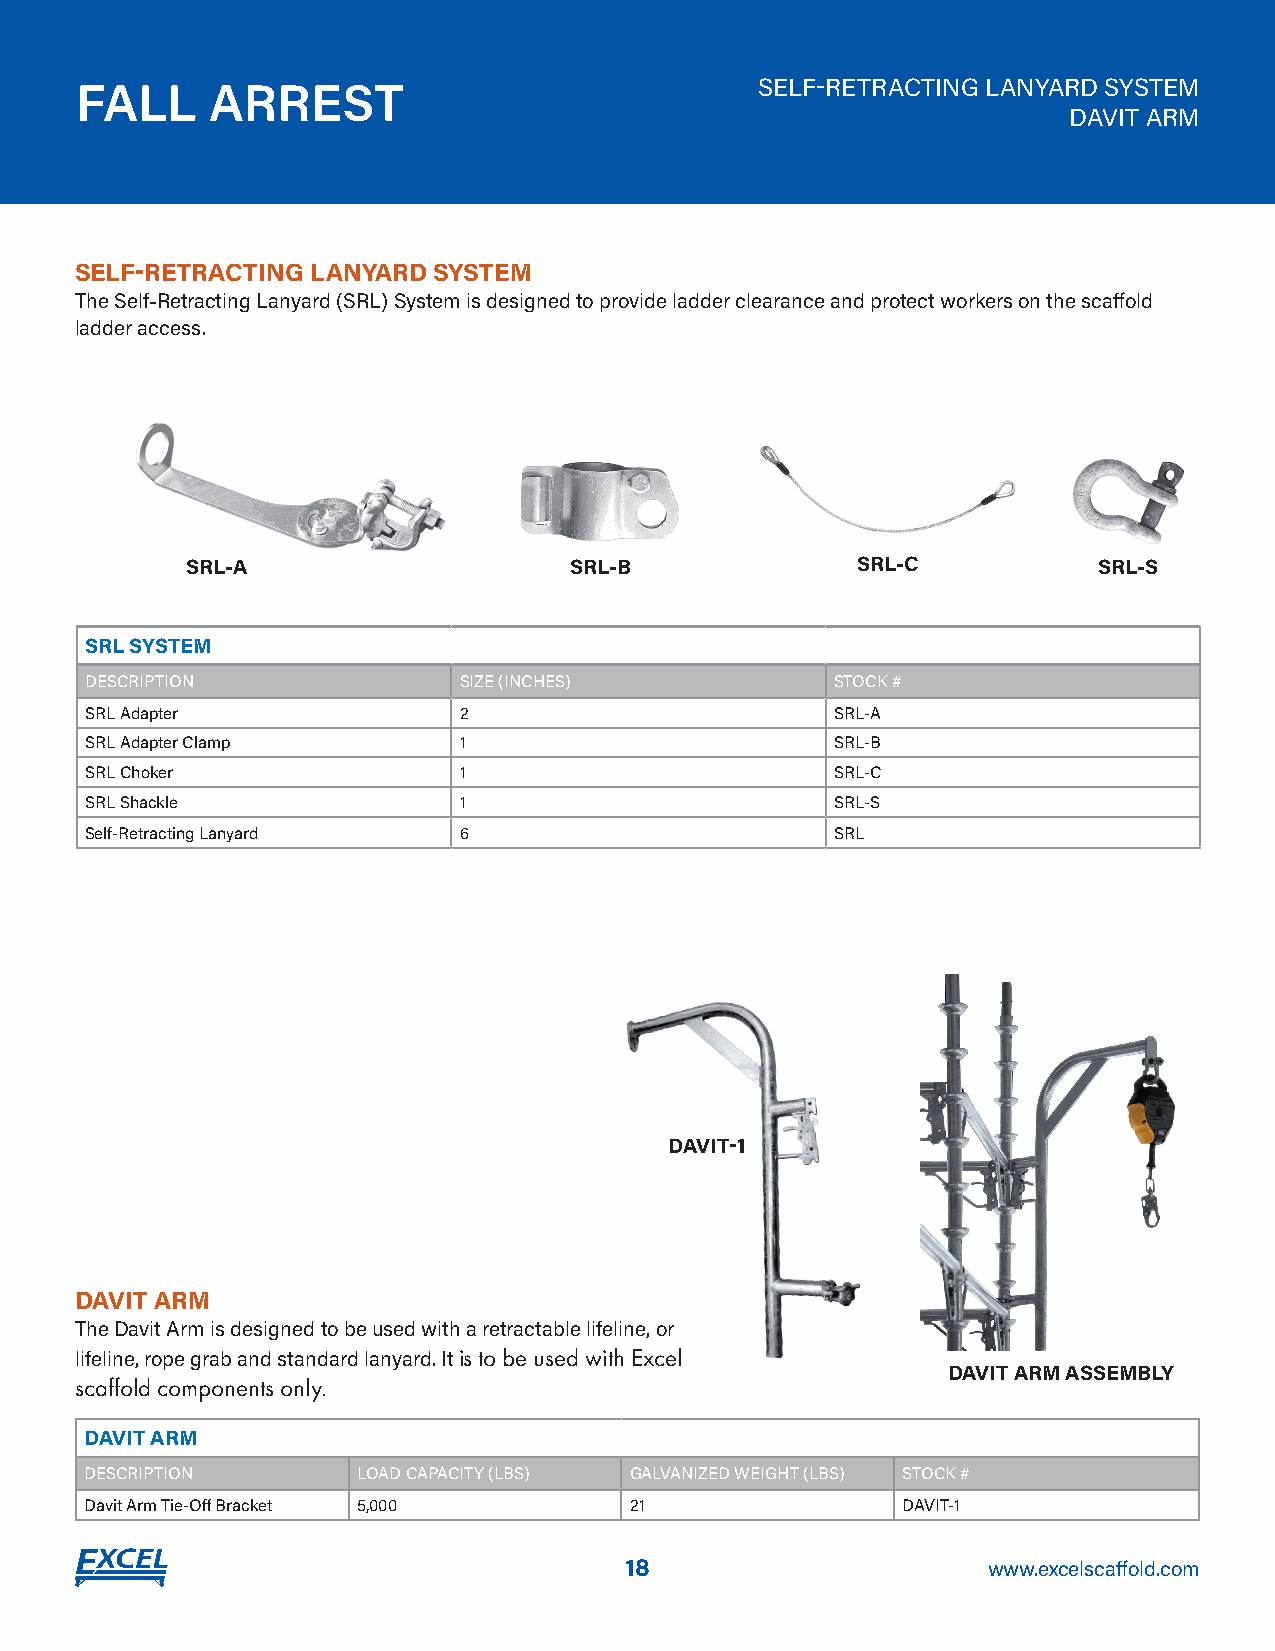
FALL     ARREST                              SELF-RETRACTING LANYARD SYSTEM
 DAVIT ARM
 SELF-RETRACTING LANYARD SYSTEM
 The Self-Retracting Lanyard (SRL) System is designed to provide ladder clearance and protect workers on the scaffold
 ladder access.
 SRL-A                     SRL-B              SRL-C           SRL-S
 SRL SYSTEM
 DESCRIPTION             SIZE (INCHES)            STOCK #
 SRL Adapter             2                        SRL-A
 SRL Adapter Clamp       1                        SRL-B
 SRL Choker              1                        SRL-C
 SRL Shackle             1                        SRL-S
 Self-Retracting Lanyard 6                        SRL
 DAVIT-1
 DAVIT ARM
 The Davit Arm is designed to be used with a retractable lifeline, or
 lifeline, rope grab and standard lanyard. It is to be used with Excel
 DAVIT ARM ASSEMBLY
 scaffold components only.
 DAVIT ARM
 DESCRIPTION       LOAD CAPACITY (LBS) GALVANIZED WEIGHT (LBS) STOCK #
 Davit Arm Tie-Off Bracket 5,000     21                DAVIT-1
 18                      www.excelscaffold.com